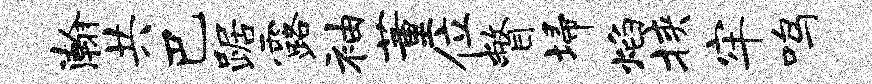
瀚共巴踞露袖董位瞥埽焰挟牢鸣